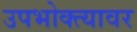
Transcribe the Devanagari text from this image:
उपभोक्त्यावर